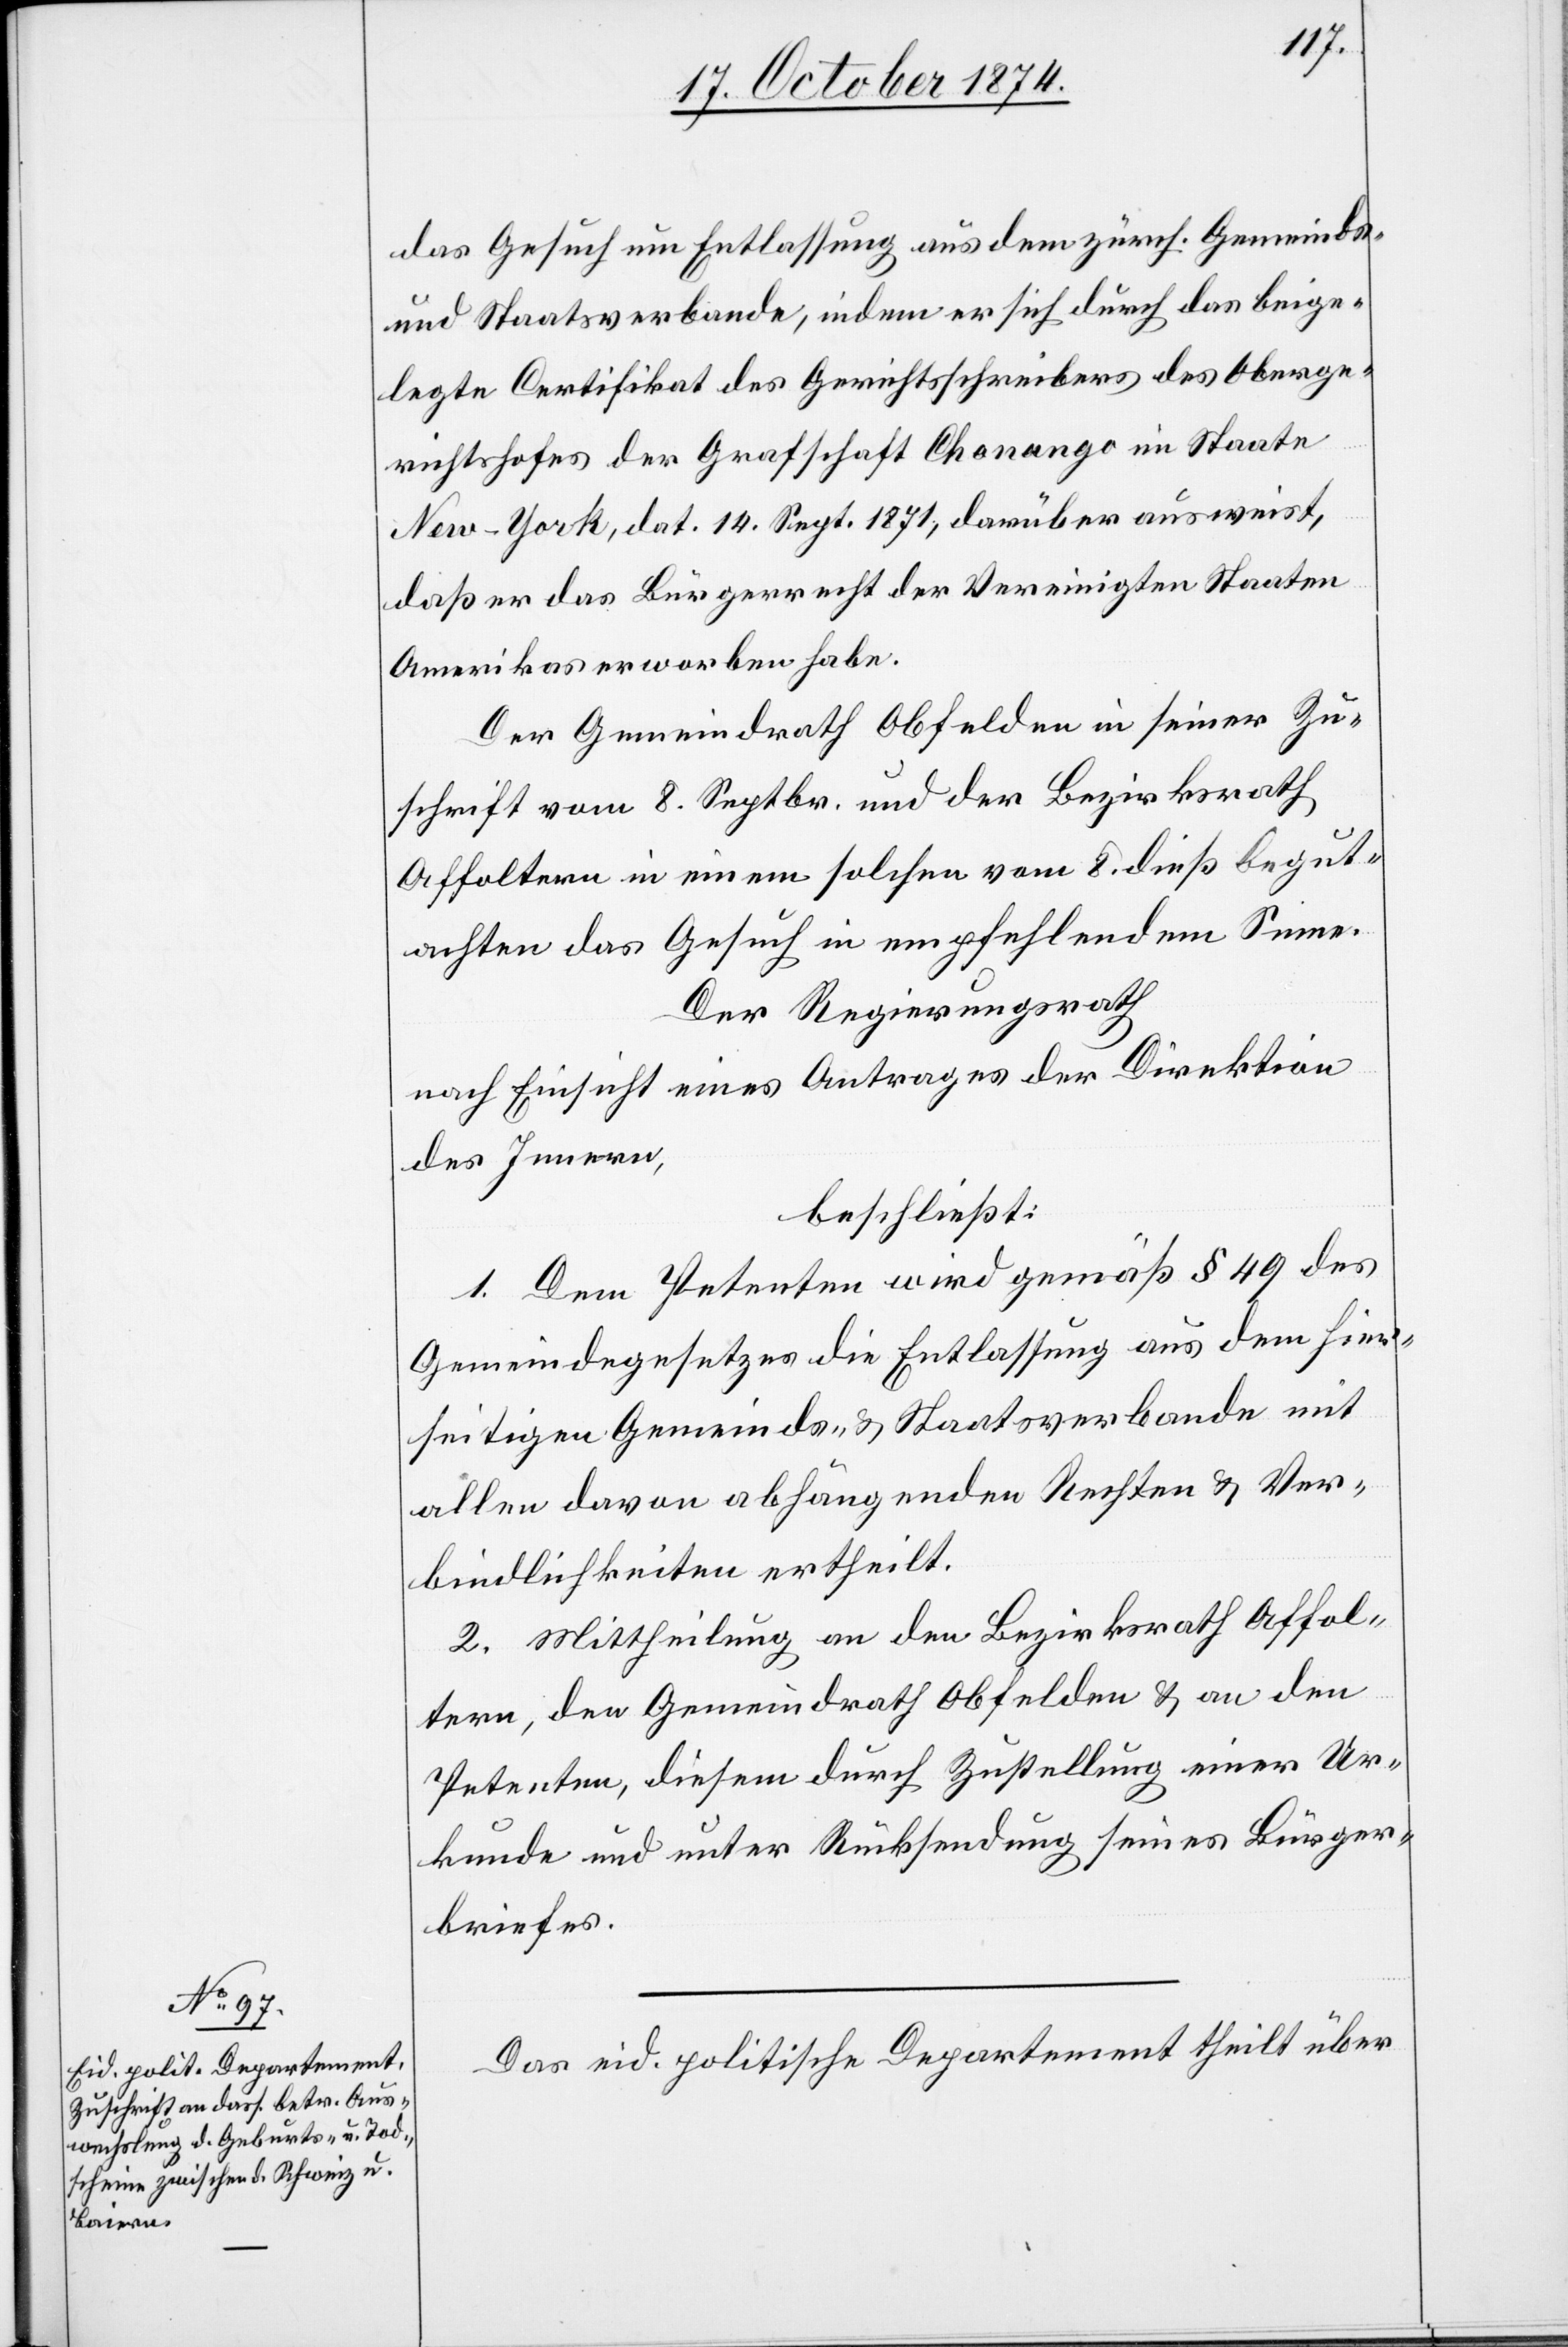
das Gesuch um Entlassung aus dem zürch. Gemeinds-
und Staatsverbande, indem er sich durch das beige¬
legte Certifikat des Gerichtsschreibers des Oberge¬
richtshofes der Grafschaft Chonango im Staate
New-York, dat. 14. Sept. 1871, darüber ausweist,
daß er das Bürgerrecht der Vereinigten Staaten
Amerikas erworben habe.
Der Gemeindrath Obfelden in seiner Zu¬
schrift vom 8. Septbr. und der Bezirksrath
Affoltern in einem solchen vom 8. dieß begut¬
achten das Gesuch in empfehlendem Sinne.
Der Regierungsrath
nach Einsicht eines Antrages der Direktion
des Innern,
beschließt:
1. Dem Petenten wird gemäß § 49 des
Gemeindegesetzes die Entlassung aus dem hier¬
seitigen Gemeinds- & Staatsverbande mit
allen davon abhängenden Rechten & Ver¬
bindlichkeiten ertheilt.
2. Mittheilung an den Bezirksrath Affol¬
tern, den Gemeindrath Obfelden & an den
Petenten, diesem durch Zustellung einer Ur¬
kunde und unter Rücksendung seines Bürger¬
briefes.
Das eid. politische Departement theilt über